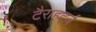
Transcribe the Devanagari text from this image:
टैराहर्ट्ज़